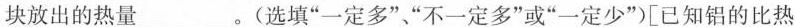
块放出的热量___。(选填”一定多””不一定多”或”一定少”)[已知铝的比热